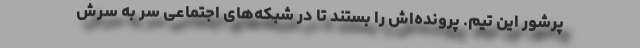
پرشور این تیم. پرونده‌اش را بستند تا در شبکه‌های اجتماعی سر به سرش